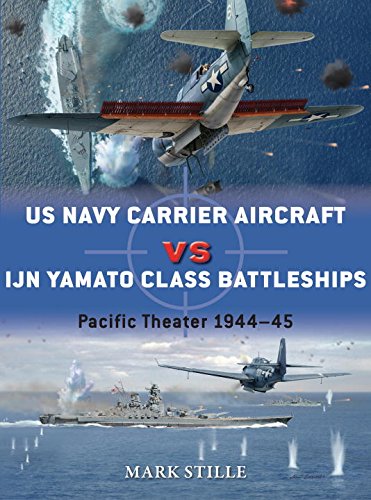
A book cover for US Navy Carrier Aircraft vs IJN Yamato Class Battleships: 1944-45 (Duel); Mark Stille; History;